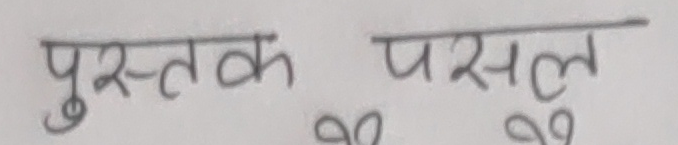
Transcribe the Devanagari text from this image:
पुस्तक पसल